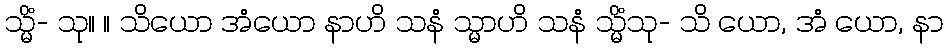
သ္မိံ- သု။ ။ သိယော အံယော နာဟိ သနံ သ္မာဟိ သနံ သ္မိံသု- သိ ယော, အံ ယော, နာ